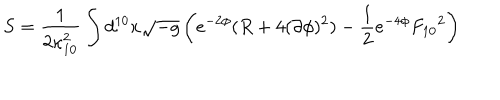
S = \frac { 1 } { 2 \kappa _ { 1 0 } ^ { 2 } } \int d ^ { 1 0 } x \sqrt { - g } \left( e ^ { - 2 \phi } ( R + 4 ( \partial \phi ) ^ { 2 } ) - \frac { 1 } { 2 } e ^ { - 4 \phi } { F _ { 1 0 } } ^ { 2 } \right)